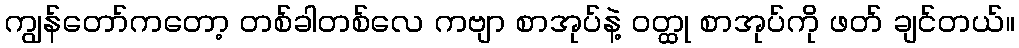
ကျွန်တော်ကတော့ တစ်ခါတစ်လေ ကဗျာ စာအုပ်နဲ့ ဝတ္ထု စာအုပ်ကို ဖတ် ချင်တယ်။